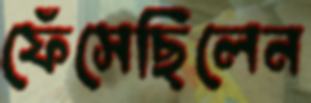
ফেঁসেছিলেন